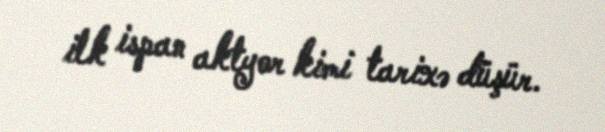
ilk ispan aktyor kimi tarixə düşür.